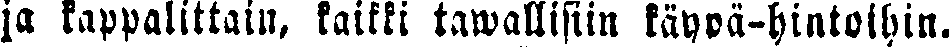
ja kappalittain, kaikki tawallisiin käyvä-hintoihin.